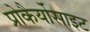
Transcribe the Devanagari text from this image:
प्रोकैर्योसाइट